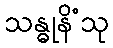
သန္ဓုနိံသု